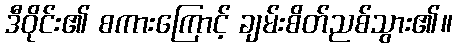
ဒီဝိုင်း၏ စကားကြောင့် ချမ်းစိတ်ညစ်သွား၏။